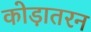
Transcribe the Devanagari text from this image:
कोड़ातरन